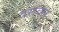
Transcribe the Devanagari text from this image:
वरावल